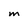
Character: M